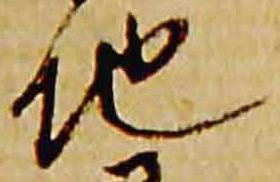
地